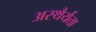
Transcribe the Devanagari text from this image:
अस्थैर्यता